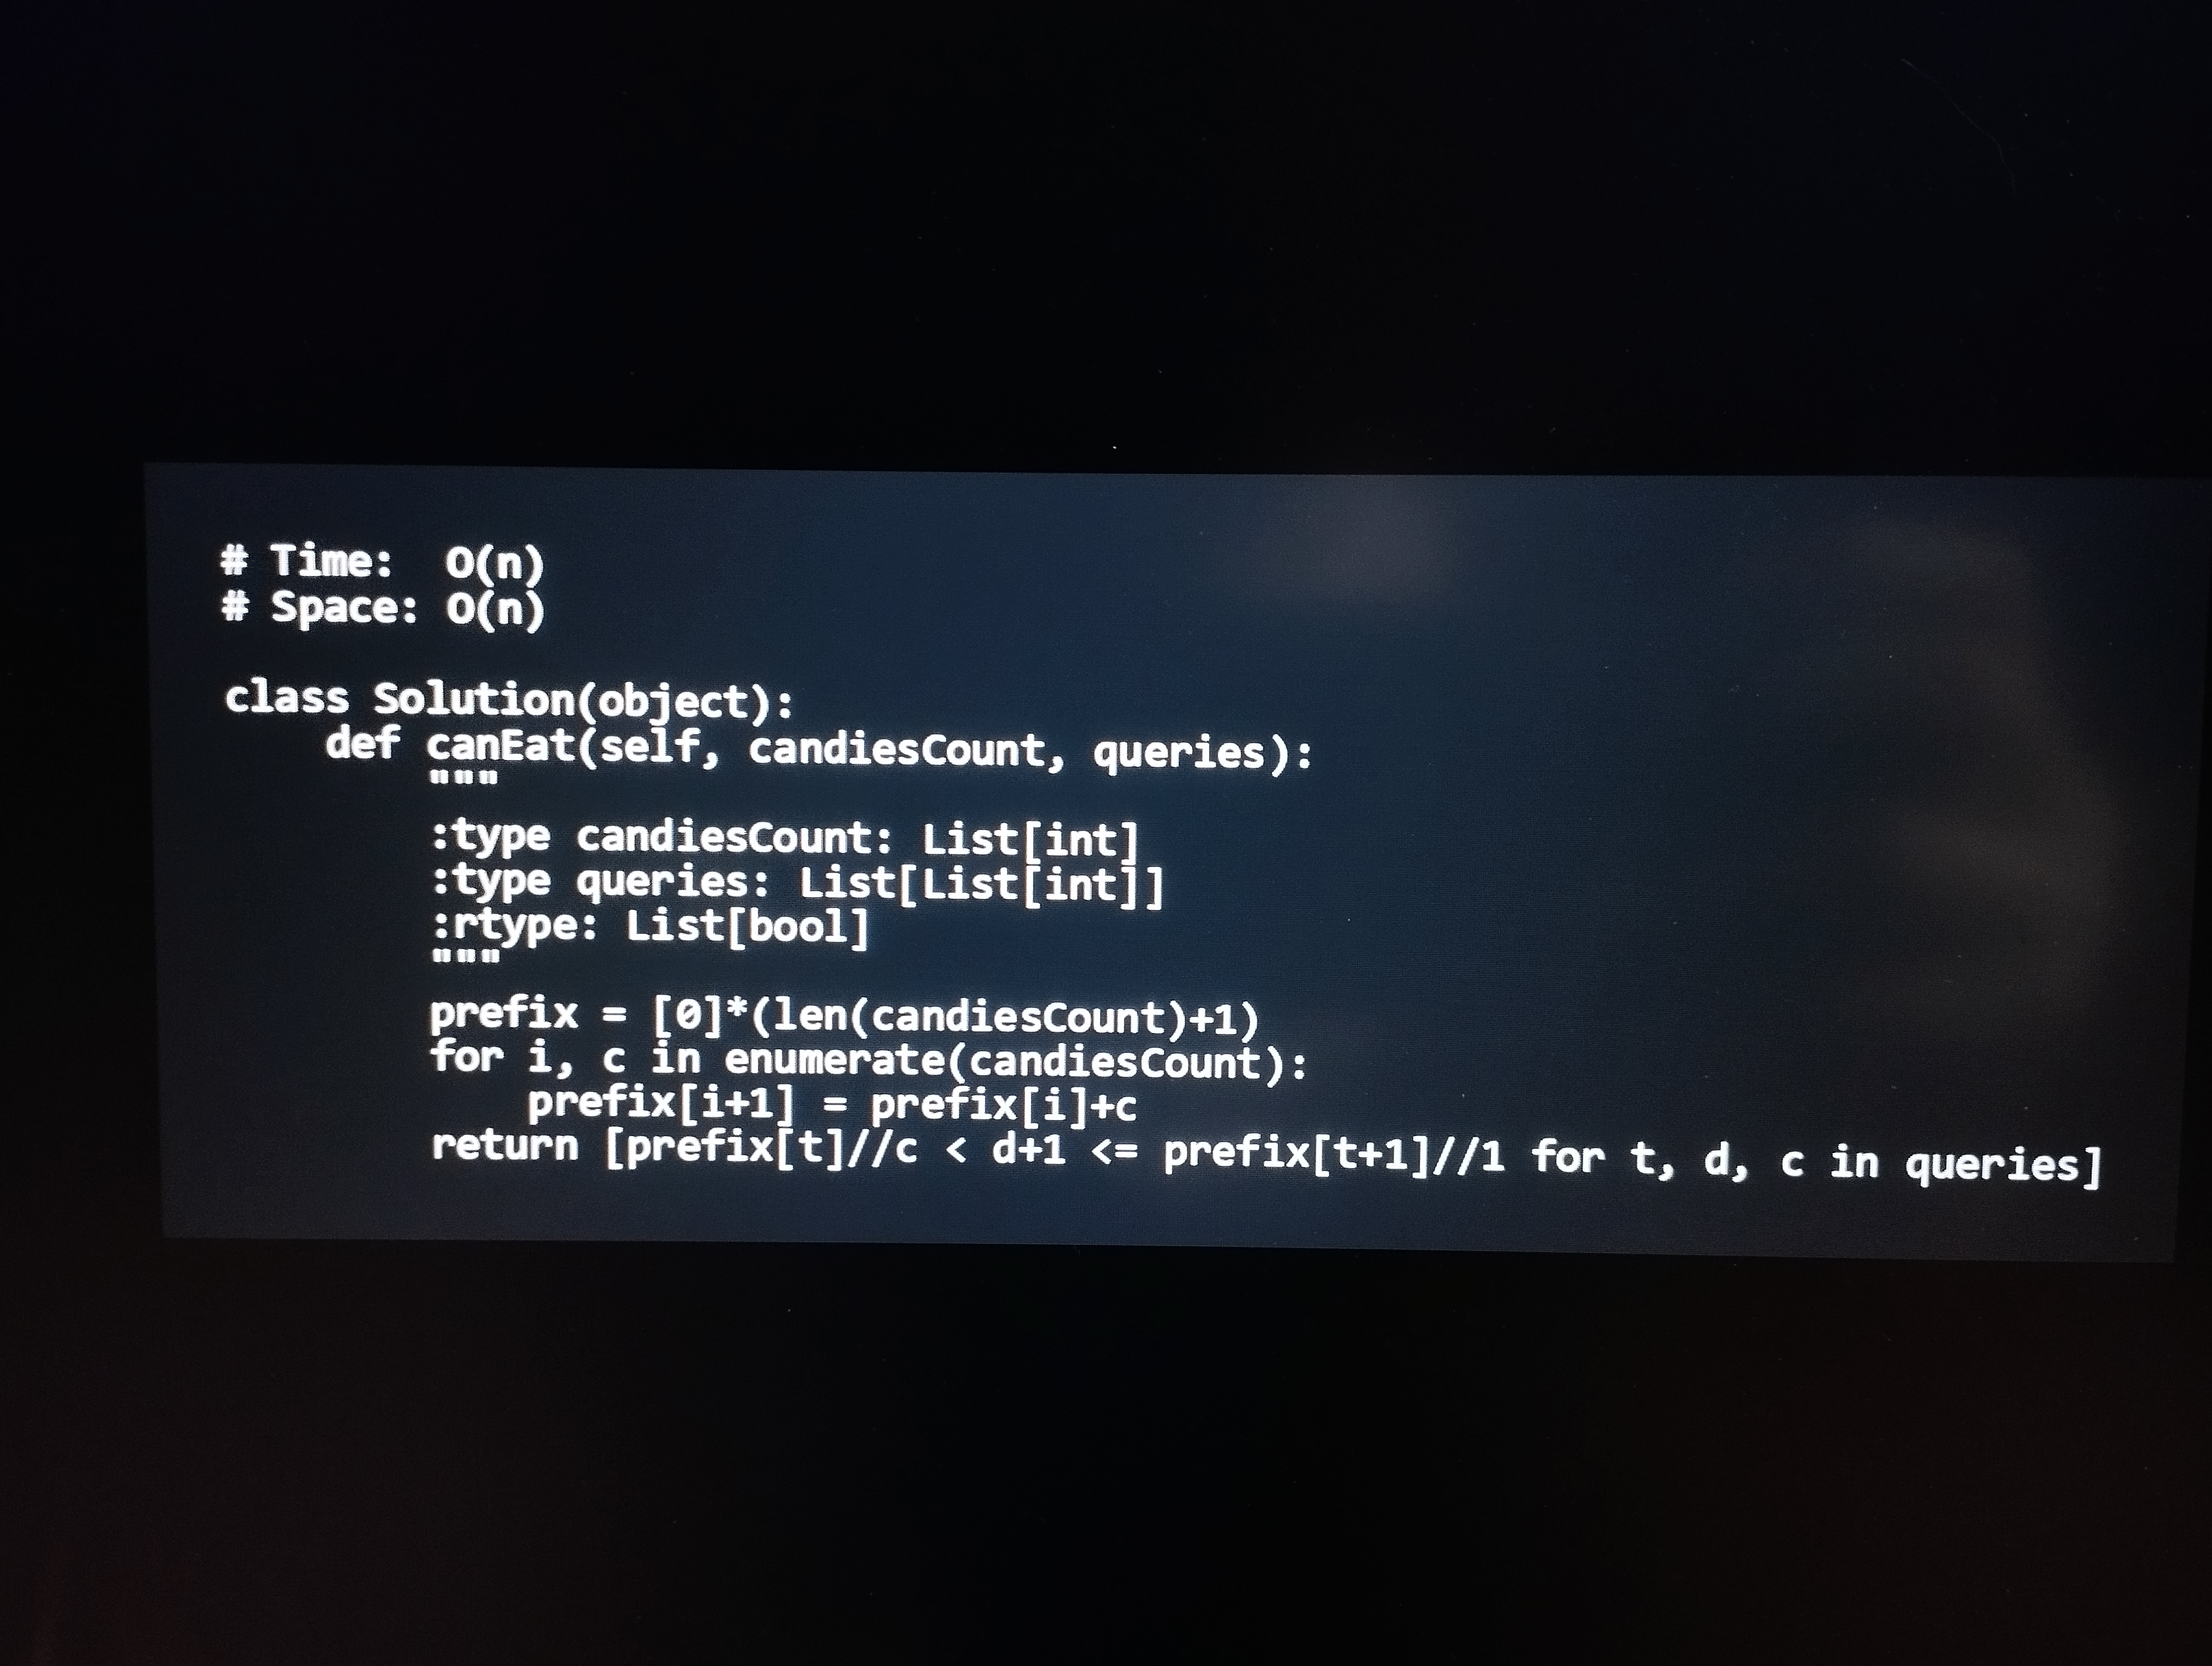
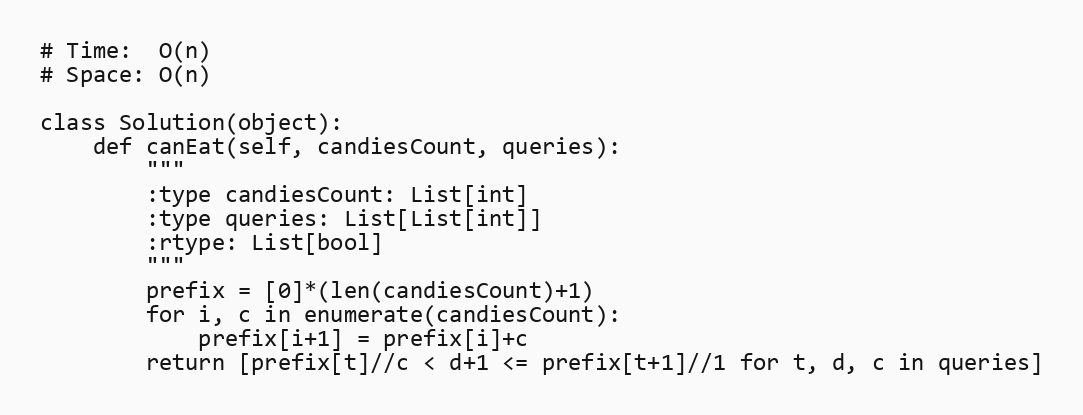
# Time:  O(n)
# Space: O(n)

class Solution(object):
    def canEat(self, candiesCount, queries):
        """
        :type candiesCount: List[int]
        :type queries: List[List[int]]
        :rtype: List[bool]
        """
        prefix = [0]*(len(candiesCount)+1)
        for i, c in enumerate(candiesCount):
            prefix[i+1] = prefix[i]+c
        return [prefix[t]//c < d+1 <= prefix[t+1]//1 for t, d, c in queries]